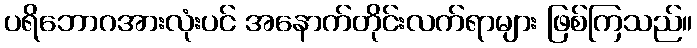
ပရိဘောဂအားလုံးပင် အနောက်တိုင်းလက်ရာများ ဖြစ်ကြသည်။